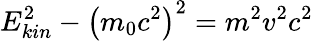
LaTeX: E_{kin}^{2}-\left(m_{0}c^{2}\right)^{2}=m^{2}v^{2}c^{2}